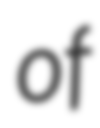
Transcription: of